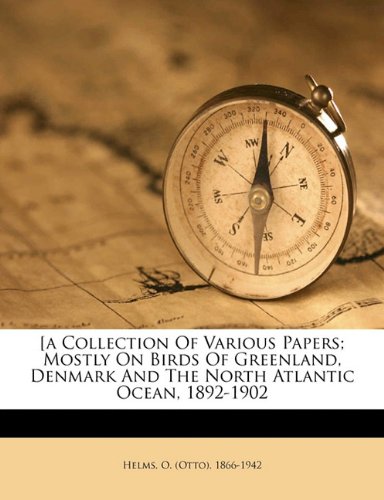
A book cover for [A collection of various papers; mostly on birds of Greenland, Denmark and the North Atlantic Ocean, 1892-1902; History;